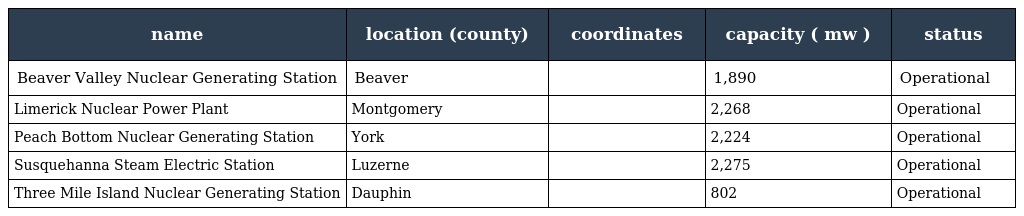
| name | location (county) | coordinates | capacity ( mw ) | status |
 | --- | --- | --- | --- | --- |
 | Beaver Valley Nuclear Generating Station | Beaver |  | 1,890 | Operational |
 | Limerick Nuclear Power Plant | Montgomery |  | 2,268 | Operational |
 | Peach Bottom Nuclear Generating Station | York |  | 2,224 | Operational |
 | Susquehanna Steam Electric Station | Luzerne |  | 2,275 | Operational |
 | Three Mile Island Nuclear Generating Station | Dauphin |  | 802 | Operational |